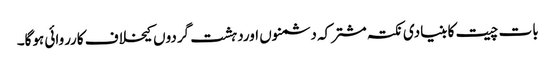
بات چیت کا بنیادی نکتہ مشترکہ دشمنوں اوردہشت گردوں کیخلاف کارروائی ہوگا۔